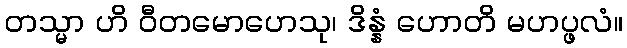
တသ္မာ ဟိ ဝီတမောဟေသု၊ ဒိန္နံ ဟောတိ မဟပ္ဖလံ။